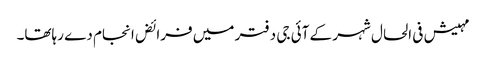
مہیش فی الحال شہر کے آئی جی دفتر میں فرائض انجام دے رہاتھا۔